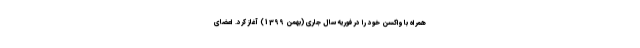
همراه با واکسن خود را در فوریه سال جاری (بهمن 1399) آغاز کرد. اعضای